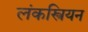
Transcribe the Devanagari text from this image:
लंकस्त्रियन